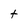
Character: t